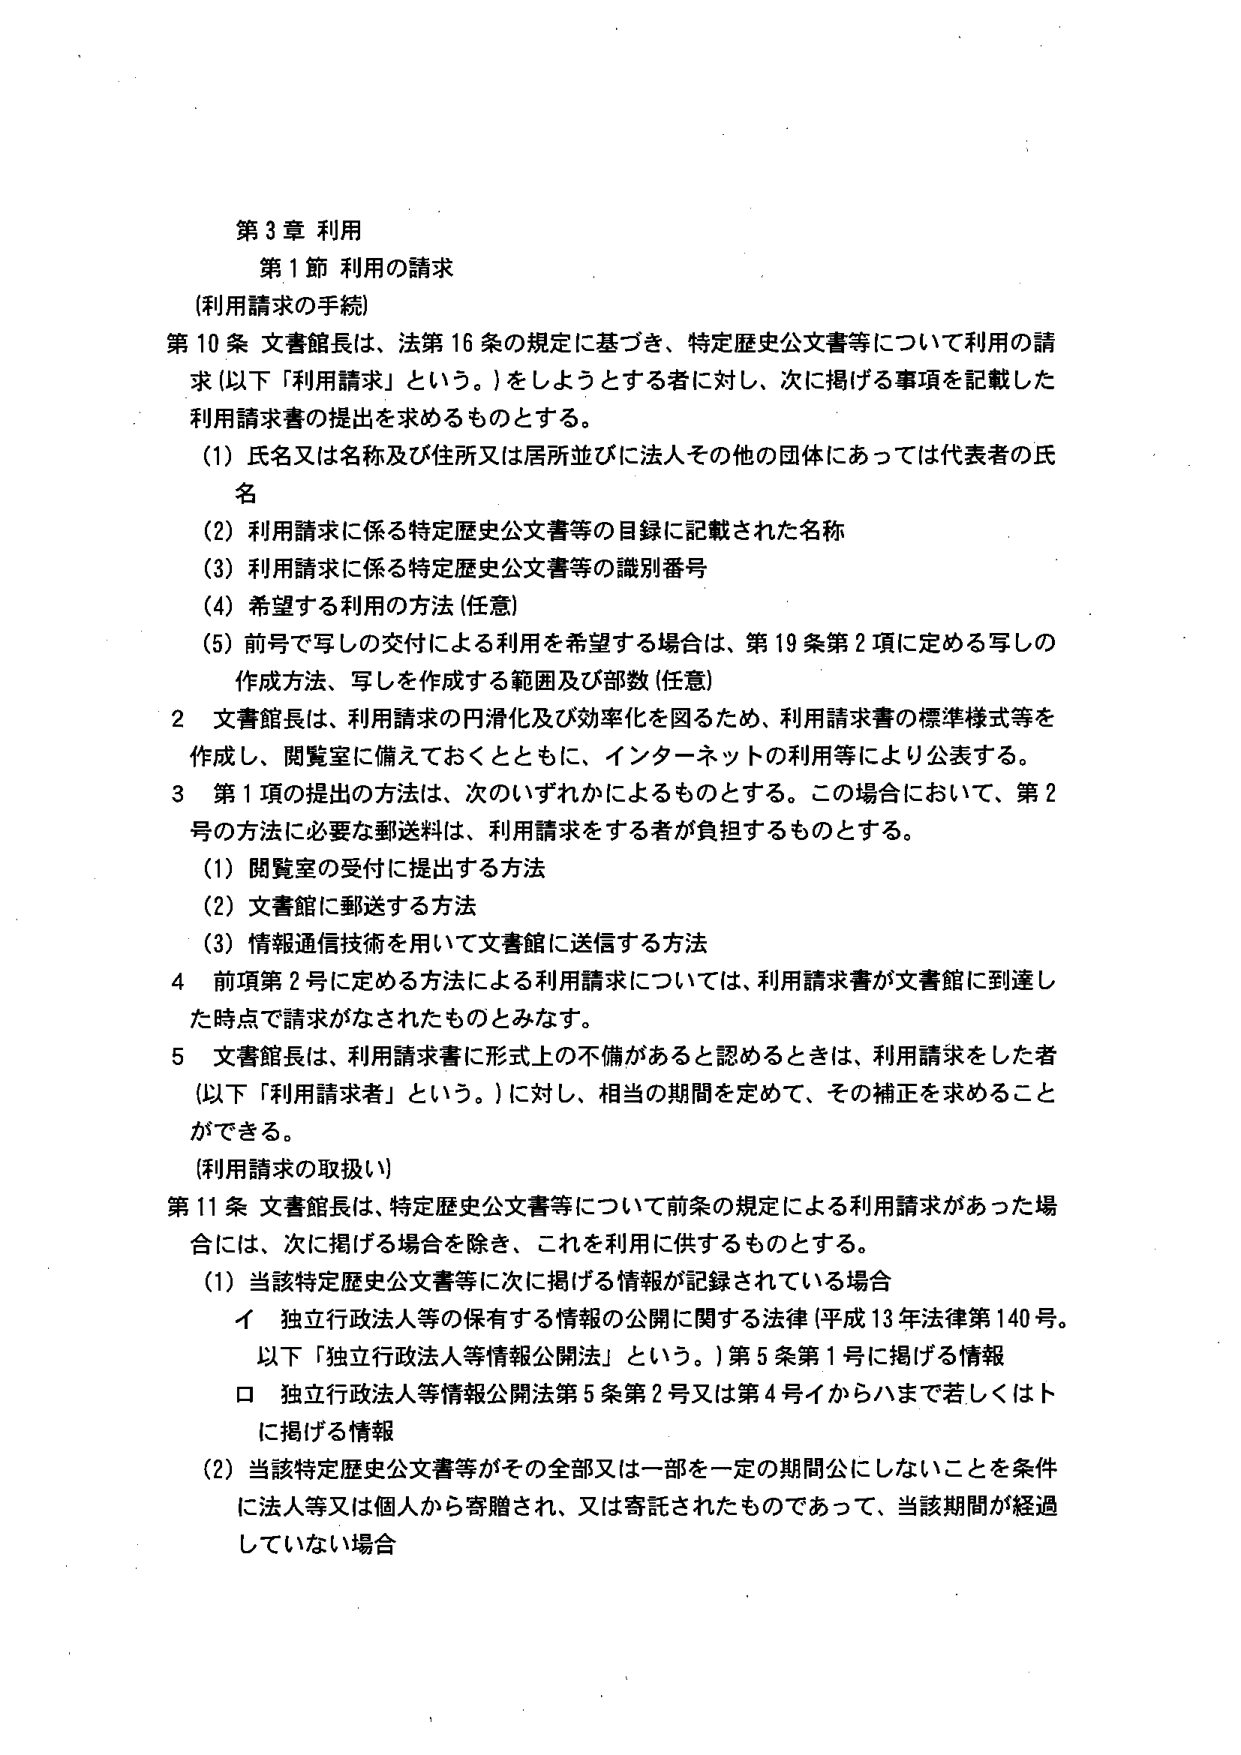
第3章 利用
第1節 利用の請求
(利用請求の手続)
第10条 文書館長は、法第16条の規定に基づき、特定歴史公文書等について利用の請求（以下「利用請求」という。）をしようとする者に対し、次に掲げる事項を記載した利用請求書の提出を求めるものとする。
(1) 氏名又は名称及び住所又は居所並びに法人その他の団体にあっては代表者の氏名
(2) 利用請求に係る特定歴史公文書等の目録に記載された名称
(3) 利用請求に係る特定歴史公文書等の識別番号
(4) 希望する利用の方法（任意）
(5) 前号で写しの交付による利用を希望する場合は、第19条第2項に定める写しの作成方法、写しを作成する範囲及び部数（任意）
2 文書館長は、利用請求の円滑化及び効率化を図るため、利用請求書の標準様式等を作成し、閲覧室に備えておくとともに、インターネットの利用等により公表する。
3 第1項の提出の方法は、次のいずれかによるものとする。この場合において、第2号の方法に必要な郵送料は、利用請求をする者が負担するものとする。
(1) 閲覧室の受付に提出する方法
(2) 文書館に郵送する方法
(3) 情報通信技術を用いて文書館に送信する方法
4 前項第2号に定める方法による利用請求については、利用請求書が文書館に到達した時点で請求がなされたものとみなす。
5 文書館長は、利用請求書に形式上の不備があると認めるときは、利用請求をした者（以下「利用請求者」という。）に対し、相当の期間を定めて、その補正を求めることができる。
(利用請求の取扱い)
第11条 文書館長は、特定歴史公文書等について前条の規定による利用請求があった場合には、次に掲げる場合を除き、これを利用に供するものとする。
(1) 当該特定歴史公文書等に次に掲げる情報が記録されている場合
　イ 独立行政法人等の保有する情報の公開に関する法律（平成13年法律第140号。以下「独立行政法人等情報公開法」という。）第5条第1号に掲げる情報
　ロ 独立行政法人等情報公開法第5条第2号又は第4号イからハまで若しくはトに掲げる情報
(2) 当該特定歴史公文書等がその全部又は一部を一定の期間公にしないことを条件に法人等又は個人から寄贈され、又は寄託されたものであって、当該期間が経過していない場合